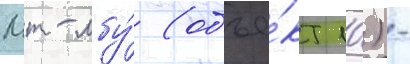
Мт-лбу́ (объе́кт 10) -